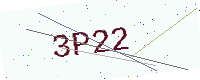
Text: 3P22